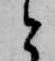
と